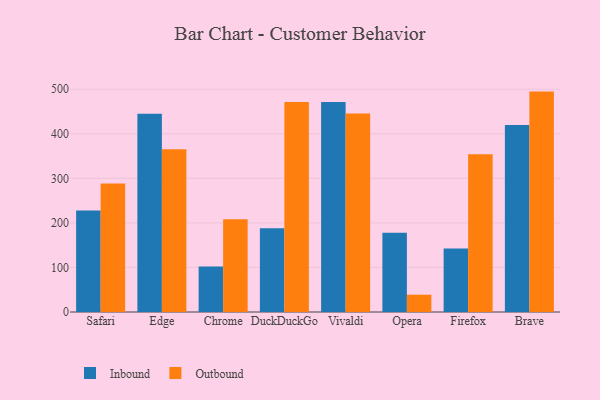
{"axis": {"x": "Browser", "y": "Market Share (%)"}, "legend": ["Inbound", "Outbound"], "data": [{"x": "Safari", "y": 228.1, "type": "Inbound"}, {"x": "Safari", "y": 288.5, "type": "Outbound"}, {"x": "Edge", "y": 445.1, "type": "Inbound"}, {"x": "Edge", "y": 365.1, "type": "Outbound"}, {"x": "Chrome", "y": 102.3, "type": "Inbound"}, {"x": "Chrome", "y": 208.1, "type": "Outbound"}, {"x": "DuckDuckGo", "y": 187.9, "type": "Inbound"}, {"x": "DuckDuckGo", "y": 471.2, "type": "Outbound"}, {"x": "Vivaldi", "y": 471.6, "type": "Inbound"}, {"x": "Vivaldi", "y": 445.4, "type": "Outbound"}, {"x": "Opera", "y": 177.7, "type": "Inbound"}, {"x": "Opera", "y": 38.8, "type": "Outbound"}, {"x": "Firefox", "y": 142.6, "type": "Inbound"}, {"x": "Firefox", "y": 354.0, "type": "Outbound"}, {"x": "Brave", "y": 420.0, "type": "Inbound"}, {"x": "Brave", "y": 494.7, "type": "Outbound"}]}